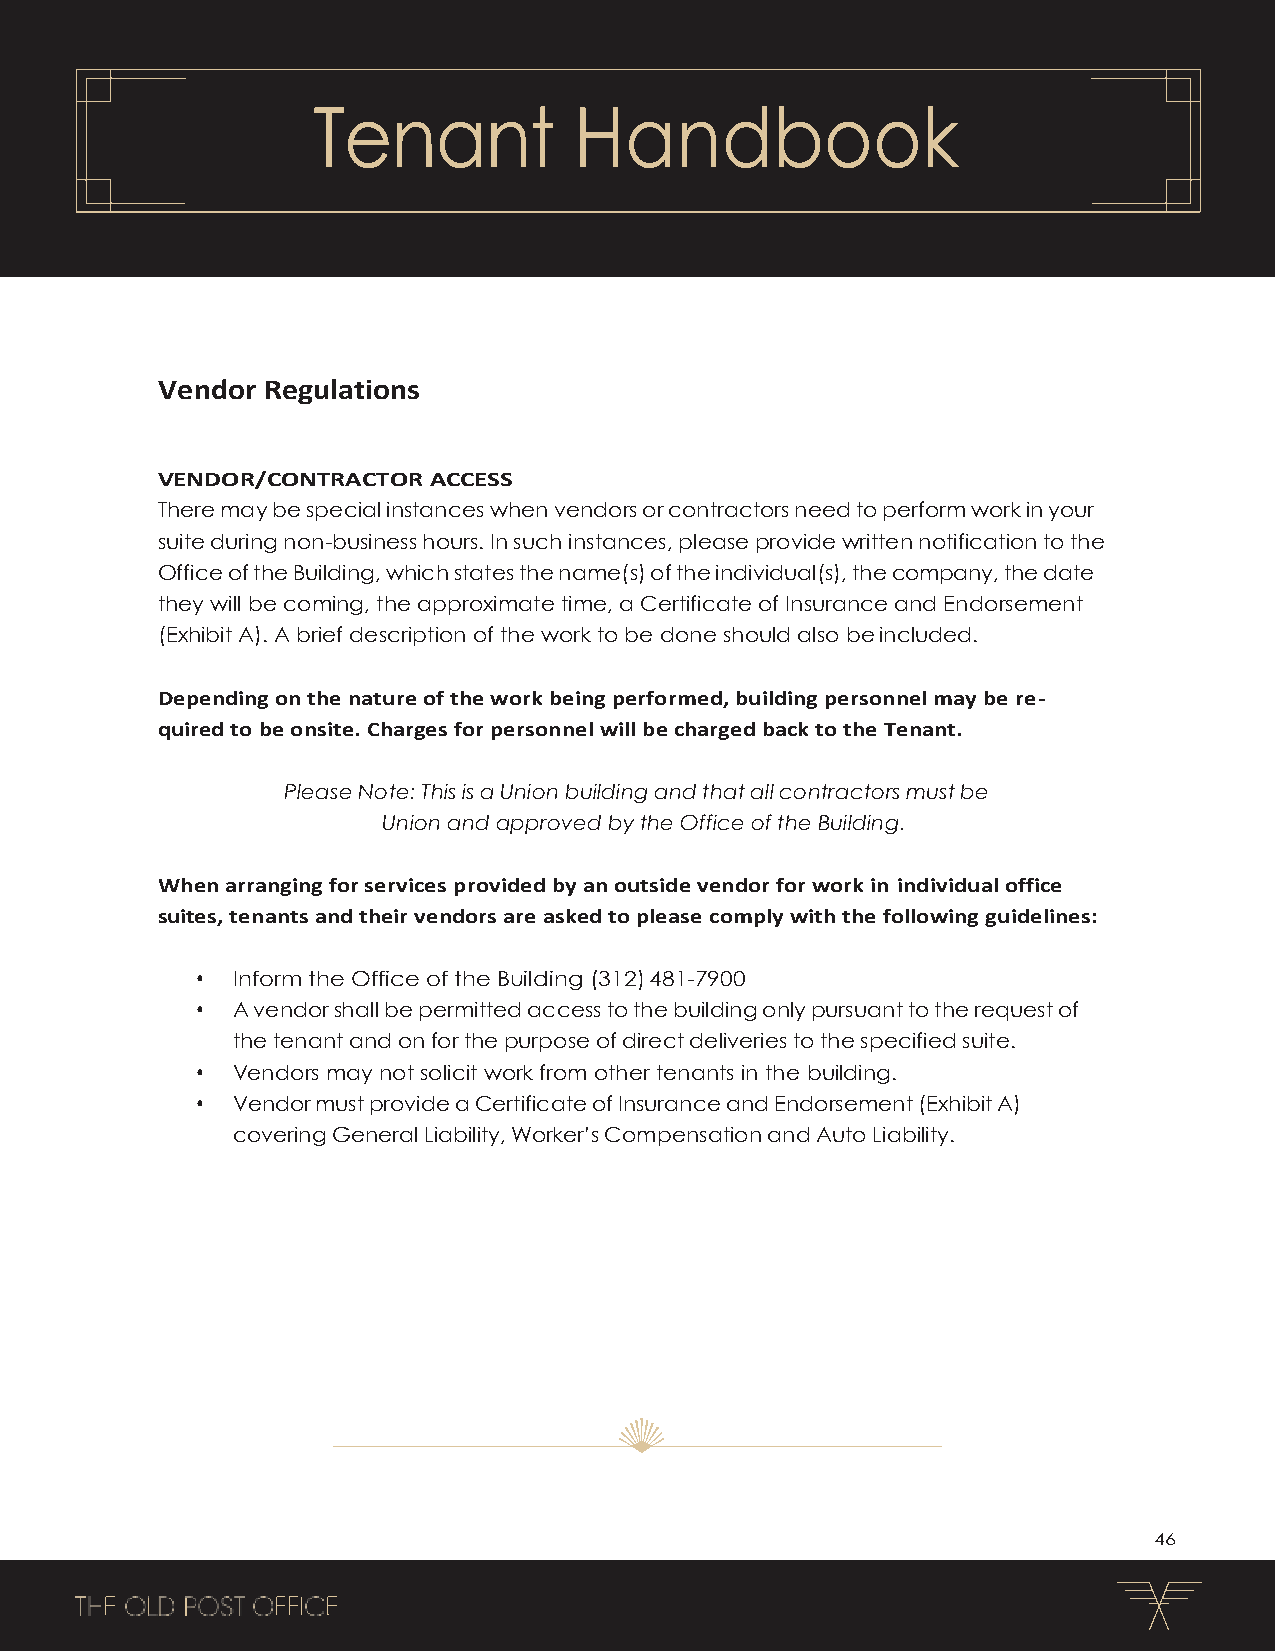
Tenant           Handbook
 Vendor Regulations
 VENDOR/CONTRACTOR ACCESS
 There may be special instances when vendors or contractors need to perform work in your
 suite during non-business hours. In such instances, please provide written notification to the
 Office of the Building, which states the name(s) of the individual(s), the company, the date
 they will be coming, the approximate time, a Certificate of Insurance and Endorsement
 (Exhibit A). A brief description of the work to be done should also be included.
 Depending on the nature of the work being performed, building personnel may be re-
 quired to be onsite. Charges for personnel will be charged back to the Tenant.
 Please Note: This is a Union building and that all contractors must be
 Union and approved by the Office of the Building.
 When arranging for services provided by an outside vendor for work in individual office
 suites, tenants and their vendors are asked to please comply with the following guidelines:
 • Inform the Office of the Building (312) 481-7900
 • A vendor shall be permitted access to the building only pursuant to the request of
 the tenant and on for the purpose of direct deliveries to the specified suite.
 • Vendors may not solicit work from other tenants in the building.
 • Vendor must provide a Certificate of Insurance and Endorsement (Exhibit A)
 covering General Liability, Worker’s Compensation and Auto Liability.
 46